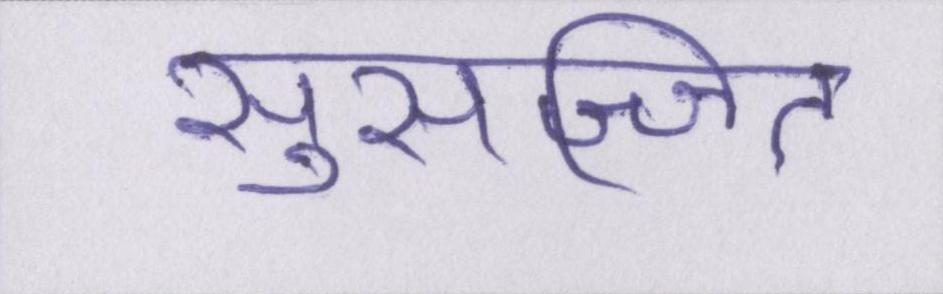
सुसज्जित